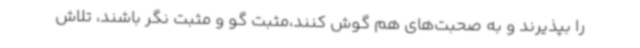
را بپذیرند و به صحبت‌های هم گوش کنند،مثبت گو و مثبت نگر باشند، تلاش